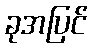
ခုအပြင်